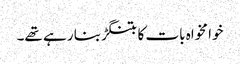
خوا مخواہ بات کا بتنگڑ بنا رہے تھے۔